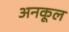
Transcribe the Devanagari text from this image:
अनकूल